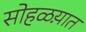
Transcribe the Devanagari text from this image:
सोहळय़ात